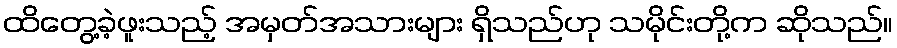
ထိတွေ့ခဲ့ဖူးသည့် အမှတ်အသားများ ရှိသည်ဟု သမိုင်းတို့က ဆိုသည်။